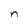
Character: n